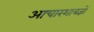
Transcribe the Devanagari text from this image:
आचारशात्रज्ञों